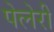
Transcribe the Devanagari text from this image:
पेलेरी